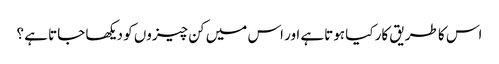
اس کا طریق کار کیا ہوتاہے اور اس میں کن چیزوں کو دیکھا جاتا ہے ؟